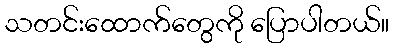
သတင်းထောက်တွေကို ပြောပါတယ်။